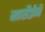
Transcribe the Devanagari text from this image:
मार्सेईमेँ